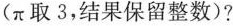
(\pi 取3，结果保留整数)?